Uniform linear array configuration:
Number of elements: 64
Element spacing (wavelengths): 0.5
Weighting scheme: hann
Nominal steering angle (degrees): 0
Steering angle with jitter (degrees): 1.26
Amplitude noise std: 0.05
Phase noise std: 0.05

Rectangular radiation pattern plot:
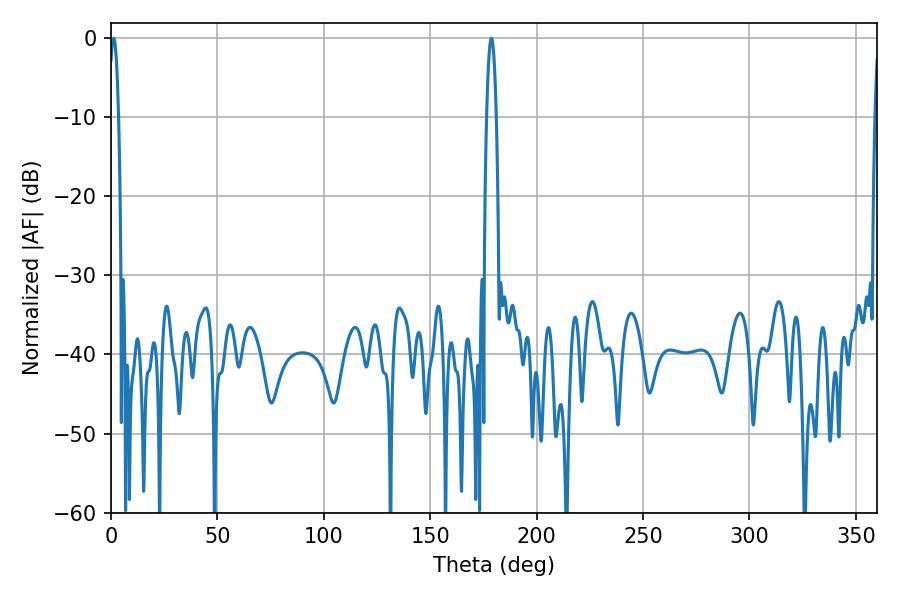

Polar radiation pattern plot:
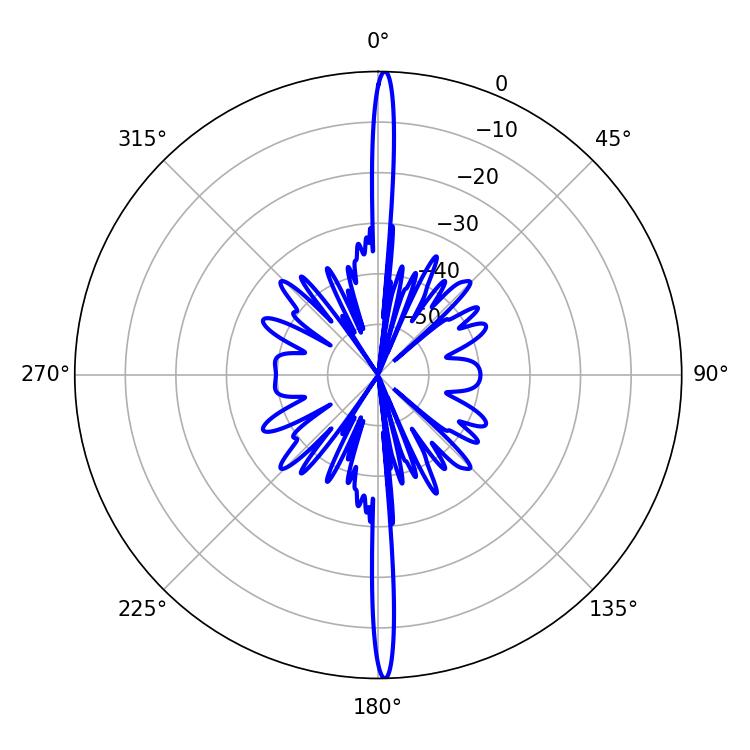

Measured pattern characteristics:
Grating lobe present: FALSE
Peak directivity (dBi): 29.873
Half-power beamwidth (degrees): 2.52
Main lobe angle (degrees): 1.26